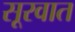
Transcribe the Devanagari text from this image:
सूरवात